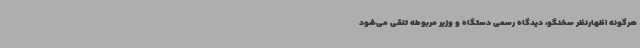
هرگونه اظهارنظر سخنگو، دیدگاه رسمی دستگاه و وزیر مربوطه تلقی می‌شود